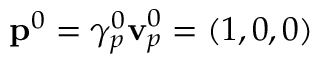
\mathbf { p } ^ { 0 } = \gamma _ { p } ^ { 0 } \mathbf { v } _ { p } ^ { 0 } = ( 1 , 0 , 0 )